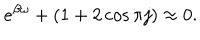
e ^ { \beta \omega } + ( 1 + 2 \cos \pi j ) \approx 0 .